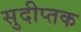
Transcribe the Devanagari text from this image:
सुदीप्तक